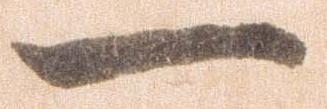
一